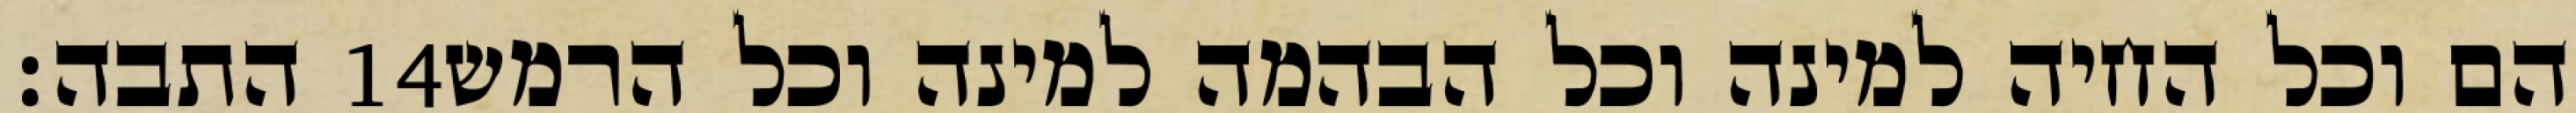
התבה׃ ‎14‏ הם וכל החיה למינה וכל הבהמה למינה וכל הרמש